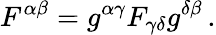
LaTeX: F^{\alpha\beta}=g^{\alpha\gamma}F_{\gamma\delta}g^{\delta\beta}\, .